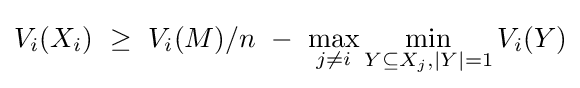
V_{i}(X_{i})~\geq ~V_{i}(M)/n~-~\max _{j\neq i}\min _{Y\subseteq X_{j},|Y|=1}V_{i}(Y)